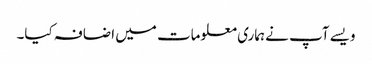
ویسے آپ نے ہماری معلومات میں اضافہ کیا۔